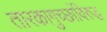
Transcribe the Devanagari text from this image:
तारकागुच्छांविरुद्ध